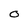
Character: O